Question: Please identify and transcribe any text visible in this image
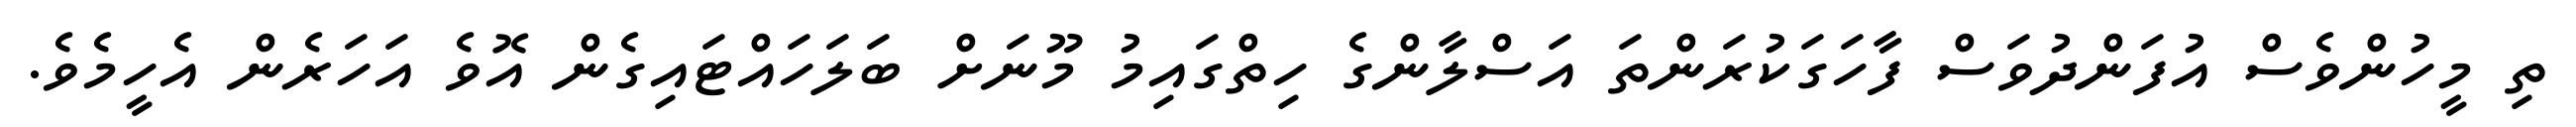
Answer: ތި މީހުންވެސް އުފަންދުވަސް ފާހަގަކުރަންތަ އަސްލާންގެ ހިތްގައިމު މޫނަށް ބަލަހައްޓައިގެން އޮވެ އަހަރެން އެހީމެވެ.